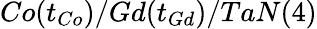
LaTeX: Co(t_{Co})/Gd(t_{Gd})/TaN(4)